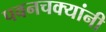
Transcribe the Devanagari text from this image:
पवनचक्यांनी